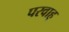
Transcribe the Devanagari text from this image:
परवाह्